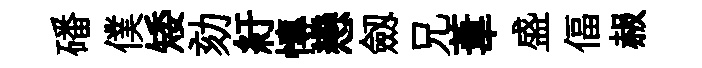
磻僕矮劾紆慱戀劔兄葦盛偪赧